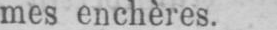
mes enchères.